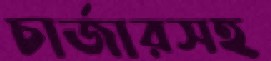
চার্জারসহ